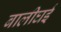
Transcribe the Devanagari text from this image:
बालीघई